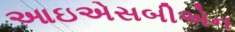
આઇએસબીએન